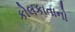
કોલકાતાનો